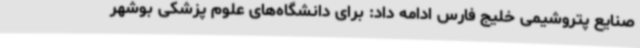
صنایع پتروشیمی خلیج فارس ادامه داد: برای دانشگاه‌های علوم پزشکی بوشهر